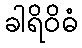
ခါရိဝိဓံ